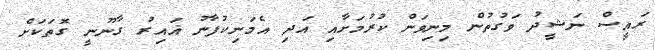
ރައީސް ނަޝީދު ވަގުތުން މިނިވަން ކުރުމަށާއި އަދި އެމަނިކުފާނު ޣައިރު ގާނޫނީ ގޮތަކަށް